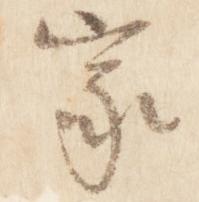
家